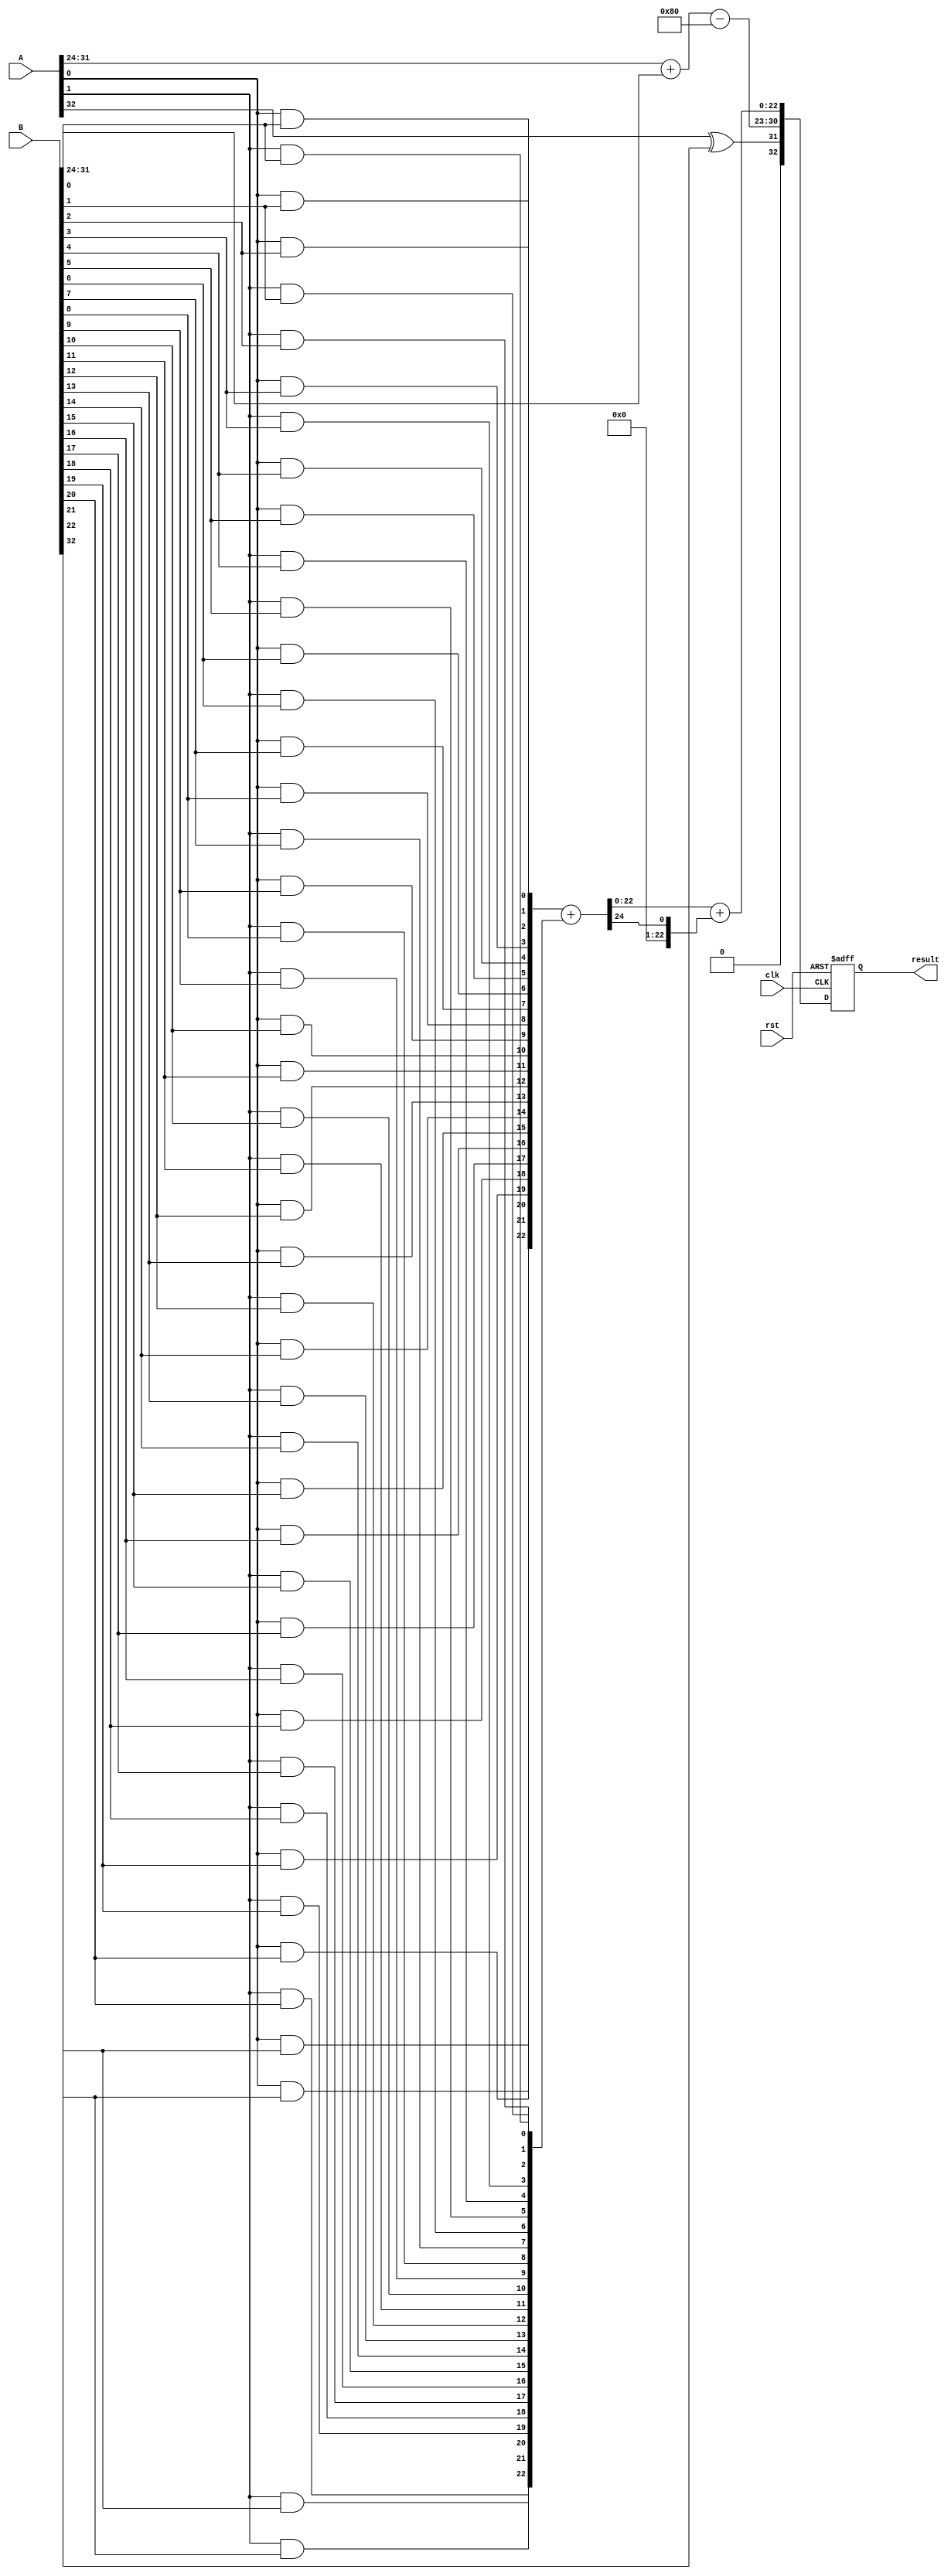
module floating_point_wallace_multiplier #(
    parameter N = 8, // Number of bits for exponent
    parameter M = 23 // Number of bits for significand
)(
    input wire clk,
    input wire rst,
    input wire [N + M + 1:0] A, // Input A (1 sign bit, N exponent bits, M significand bits)
    input wire [N + M + 1:0] B, // Input B
    output reg [N + M + 1:0] result // Output result (1 sign bit, N exponent bits, M significand bits)
);

    // Internal signals
    wire sign_A = A[N + M + 1];
    wire sign_B = B[N + M + 1];
    wire [N-1:0] exp_A = A[N + M: M + 1];
    wire [N-1:0] exp_B = B[N + M: M + 1];
    wire [M-1:0] sig_A = A[M - 1:0];
    wire [M-1:0] sig_B = B[M - 1:0];

    wire sign_result;
    wire [N-1:0] exp_result;
    wire [2*M:0] sig_result; // Result significand can be up to 2*M bits

    // Sign Calculation
    assign sign_result = sign_A ^ sign_B;

    // Exponent Calculation
    wire [N:0] exp_sum = {1'b0, exp_A} + {1'b0, exp_B} - (1 << (N - 1)); // Subtract bias
    assign exp_result = exp_sum[N-1:0]; // Adjusted exponent

    // Significand Multiplication using Wallace Tree
    wire [M:0] partial_products[M-1:0]; // Partial products
    genvar i, j;

    // Generate partial products
    generate
        for (i = 0; i < M; i = i + 1) begin : pp_gen
            for (j = 0; j < M; j = j + 1) begin : pp_inner
                assign partial_products[i][j] = sig_A[i] & sig_B[j];
            end
        end
    endgenerate

    // Wallace Tree Reduction
    wire [M:0] sum_level1[M-1:0];
    wire [M:0] carry_level1[M-1:0];

    // First level of CSA
    generate
        for (i = 0; i < M; i = i + 1) begin : CSA_level1
            if (i < M - 1) begin
                assign {carry_level1[i][M-1:0], sum_level1[i]} = partial_products[i] + partial_products[i + 1];
            end else begin
                assign sum_level1[i] = partial_products[i];
                assign carry_level1[i] = 0;
            end
        end
    endgenerate

    // Further levels of CSA would go here (not fully implemented for brevity)

    // Final significand calculation (simplified)
    assign sig_result = sum_level1[0] + carry_level1[0]; // Final addition (simplified)

    // Normalization and Rounding would go here (not fully implemented for brevity)

    // Output assignment
    always @(posedge clk or posedge rst) begin
        if (rst) begin
            result <= 0;
        end else begin
            result <= {sign_result, exp_result, sig_result[M-1:0]}; // Output the result
        end
    end

endmodule